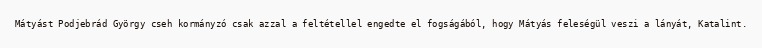
Mátyást Podjebrád György cseh kormányzó csak azzal a feltétellel engedte el fogságából, hogy Mátyás feleségül veszi a lányát, Katalint.